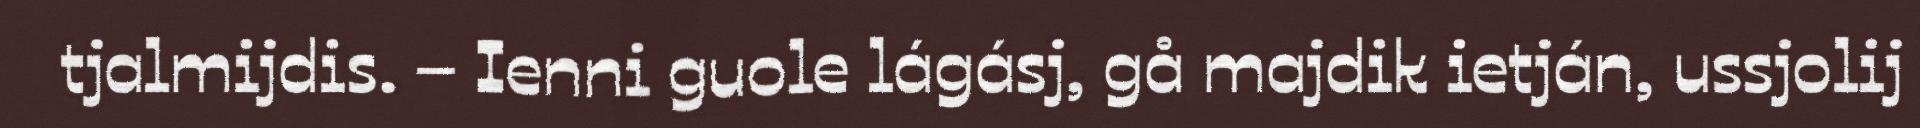
tjalmijdis. – Ienni guole lágásj, gå majdik ietján, ussjolij